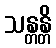
သန္တန္တိ